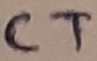
Text: CT